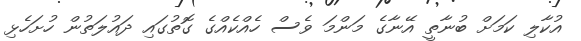
އުކާލި ކަމަށް ބުނާތީ އޭނާގެ މަންމަ ވެސް ހެއްކެއްގެ ގޮތުގައި ދައުލަތުން ހުށަހެޅި